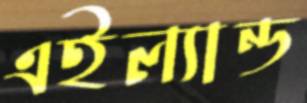
এইল্যান্ড